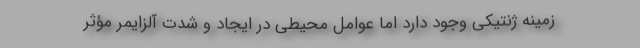
زمینه ژنتیکی وجود دارد اما عوامل محیطی در ایجاد و شدت آلزایمر مؤثر